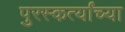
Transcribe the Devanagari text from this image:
पुरस्कर्त्यांच्या